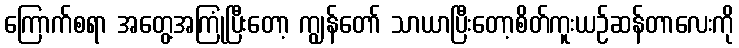
ကြောက်စရာ အတွေ့အကြုံပြီးတော့ ကျွန်တော် သာယာပြီးတော့စိတ်ကူးယဉ်ဆန်တာလေးကို